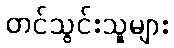
တင်သွင်းသူများ